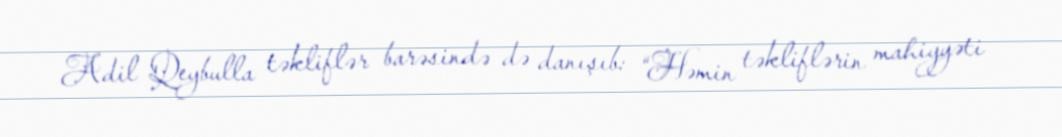
Adil Qeybulla təkliflər barəsində də danışıb: “Həmin təkliflərin mahiyyəti